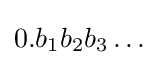
{\textstyle 0.b_{1}b_{2}b_{3}\ldots }